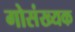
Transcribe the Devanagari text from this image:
गोसंख्यक